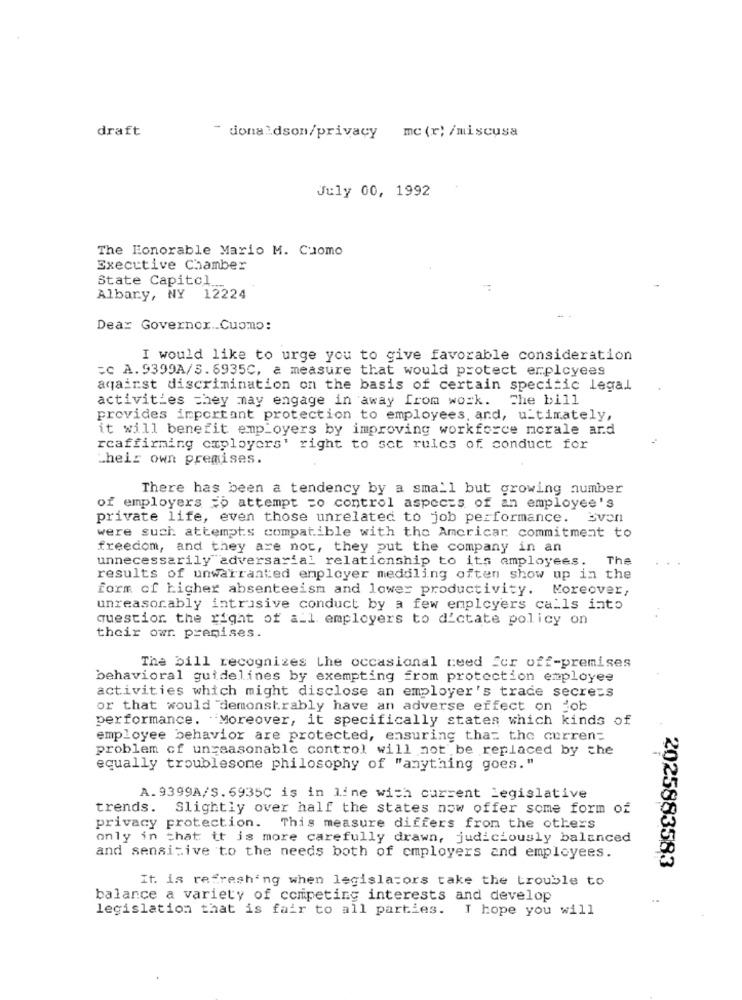
draft
- donaldson/privacy mc (r) /miscusa
July 00, 1992
The Honorable Mario M. Cuomo
Executive Chamber
State Capitol
-
Albary, NY 12224
Dear Governor .. Cuomo:
I would like to urge you to give favorable consideration
=C A. 9399A/S.6935C, a measure that would protect employees
against discrimination on the basis of certain specitic legal
activities they may engage in away from work. The bill
provides important protection to employees, and, ultimately,
it will benefit employers by improving workforce morale and
rcaffirming caployers' right to set rules of conduct for
their own premises.
There has been a tendency by a small but growing number
of employers => attempt =o control aspects of an employee's
private life, even those unrelated to job performance. Even
were such attempts compatible with the Amcricar commitment to
freedom, and they are not, they put the company in an
unnecessarily adversarial relationship to its employees. The
results of unwarranted employer meddling often show up in the
form of higher absenteeism and lower productivity. Moreover,
unreasonably intrusive conduct by a few employers calls into
questior the right of all employers to dictate policy on
their own. premises.
The bill recognizes the occasional need for off-premises
behavioral guidelines by exempting from protection employee
activities which might disclose an employer's trade secrets
or that would demonstrably have an adverse effect on job
performance. Moreover, it specifically states which kinds of
employee behavior are protected, ensuring that the current
problem of unreasonable control will not be replaced by the
equally troublesome philosophy of "anything goes."
A. 9399A/S. 6935C is in line with current Legislative
trends. Slightly over half the states now offer some form of
privacy protection.
This measure differs from the others
only in that it is more carefully drawn, judiciously balanced
and sensitive to the needs both of employers and employees.
2025883583
It. is refreshing when legislators take the trouble to
balance a variety of competing interests and develop
legislation that is fair to all parties. I hope you will